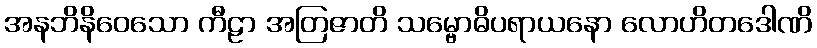
အနဘိနိဝေသော ကီဠာ အတြဇာတိ သမ္ဗောဓိပရာယနော လောဟိတဒေါဏိ